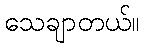
သေချာတယ်။